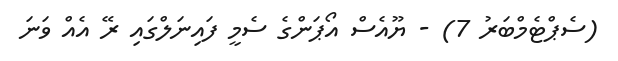
(ސެޕްޓެމްބަރު 7) - ޔޫއެސް އޯޕަންގެ ސެމީ ފައިނަލްގައި ރޭ އެއް ވަނަ